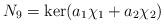
LaTeX: \begin{align*} N_9 = \ker ( a_1 \chi_1 + a_2 \chi_2 )\end{align*}